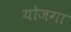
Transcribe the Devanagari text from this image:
योजगा